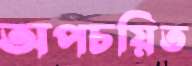
অপচয়িত